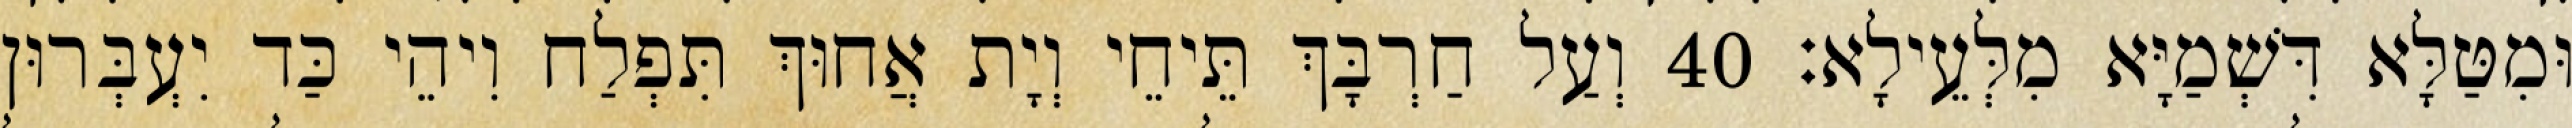
וּמִטַּלָּא דִּשְׁמַיָּא מִלְּעֵילָא׃ 40 וְעַל חַרְבָּךְ תֵּיחֵי וְיָת אֲחוּךְ תִּפְלַח וִיהֵי כַּד יִעְבְּרוּן